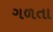
ગળતા